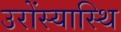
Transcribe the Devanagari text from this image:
उरोंस्यास्थि